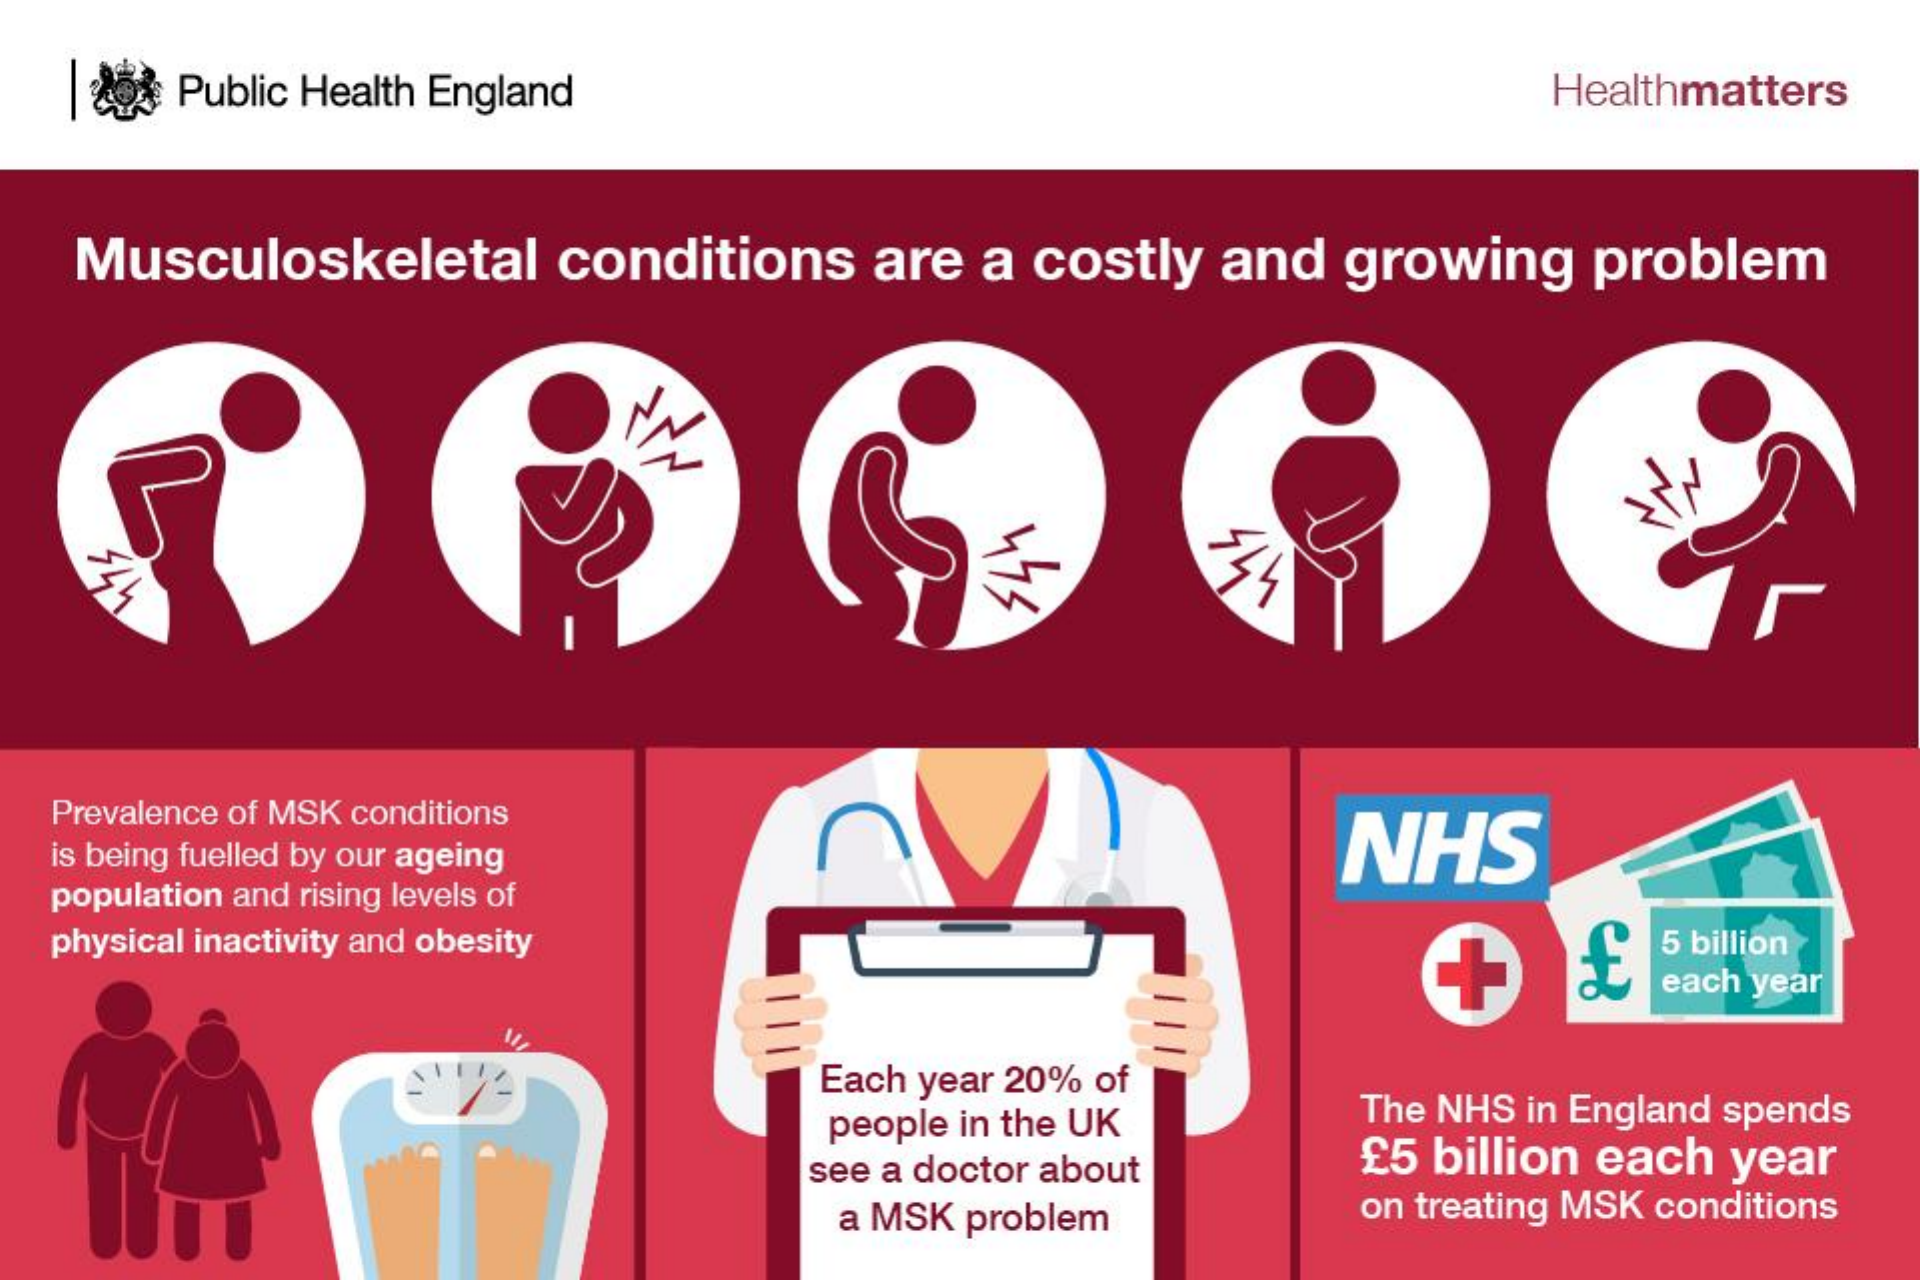
Public Health England    Healthmatters
   Musculoskeletal conditions are a costly and growing problem
  Prevalence of MSK conditions
  is being fuelled by our ageing    NHS
  population and rising levels of
  physical inactivity and obesity    5 billion
     each year
     Each year 20% of
     people in the UK The NHS in England spends
     see a doctor about £5 billion each year
     a MSK problem  on treating MSK conditions